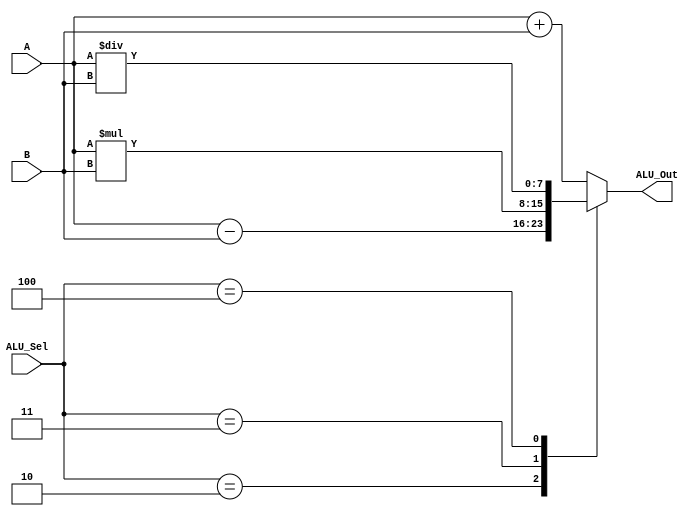
module alu(
           input [7:0] A,B,  // 8-bit Inputs                 
           input [3:0] ALU_Sel,// Selection
           output [7:0] ALU_Out // 8-bit Output
    );
    reg [7:0] ALU_Result;
    assign ALU_Out = ALU_Result; // ALU RESULT
    always @(*)
    begin
        case(ALU_Sel)
        4'b0001: // Addition
           ALU_Result = A + B ; 
        4'b0010: // Subtraction
           ALU_Result = A - B ;
        4'b0011: // Multiplication
           ALU_Result = A * B;
        4'b0100: // Division
           ALU_Result = A/B;
          default: ALU_Result = A + B ; 
        endcase
    end

endmodule